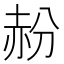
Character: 𬦁